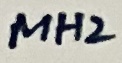
Text: MH2